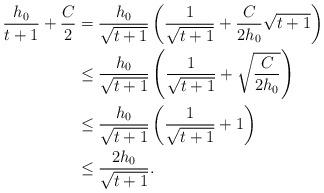
LaTeX: \begin{align*}\frac{h_0}{t+1} + \frac{C}{2} &= \frac{h_0}{\sqrt{t+1}} \left( \frac{1}{\sqrt{t+1}} + \frac{C}{2h_0} \sqrt{t+1} \right) \\&\leq \frac{h_0}{\sqrt{t+1}} \left( \frac{1}{\sqrt{t+1}} + \sqrt{\frac{C}{2h_0}} \right) \\&\leq \frac{h_0}{\sqrt{t+1}} \left( \frac{1}{\sqrt{t+1}} + 1 \right) \\&\leq \frac{2h_0} {\sqrt{t+1}} .\end{align*}